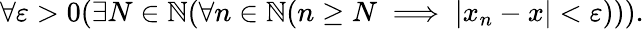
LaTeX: \forall\varepsilon>0(\exists N\in\mathbb{N}(\forall n\in\mathbb{N}(n\geq N\implies|x_{n}-x|<\varepsilon))).